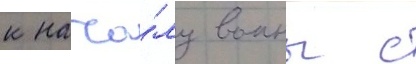
к нача́лу воины с